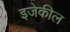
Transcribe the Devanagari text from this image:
इजेकील